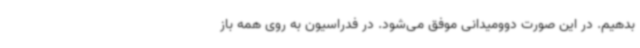
بدهیم. در این صورت دوومیدانی موفق می‌شود. در فدراسیون به روی همه باز